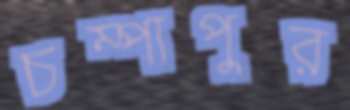
চম্পাপুর